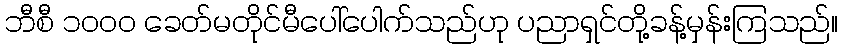
ဘီစီ ၁၀၀၀ ခေတ်မတိုင်မီပေါ်ပေါက်သည်ဟု ပညာရှင်တို့ခန့်မှန်းကြသည်။